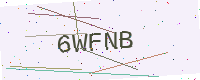
Text: 6WFNB